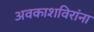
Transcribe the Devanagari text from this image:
अवकाशविरांना